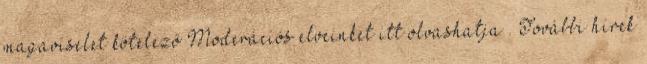
magaviselet kötelező Moderációs elveinket itt olvashatja . További hírek